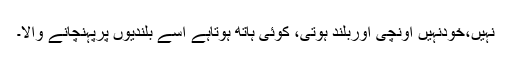
نہیں،خودنہیں اونچی اوربلند ہوتی، کوئی ہاتھ ہوتاہے اسے بلندیوں پرپہنچانے والا۔